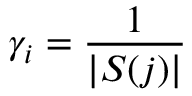
\gamma _ { i } = \frac { 1 } { | S ( j ) | }